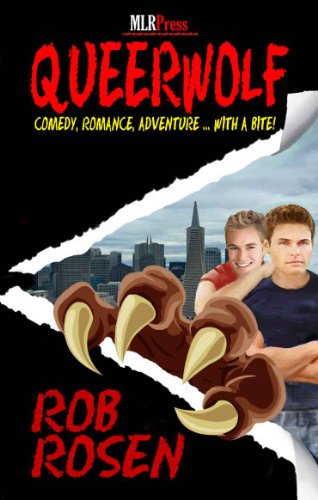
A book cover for Queerwolf; Rob Rosen; Romance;